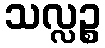
သလ္လဉ္စ